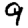
Digit: 9